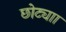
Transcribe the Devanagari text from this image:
छोट्याा